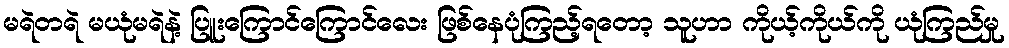
မရဲတရဲ မယုံမရဲနဲ့ ပြူးကြောင်ကြောင်လေး ဖြစ်နေပုံကြည့်ရတော့ သူဟာ ကိုယ့်ကိုယ်ကို ယုံကြည်မှု